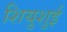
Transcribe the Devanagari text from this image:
शियुशुई